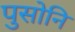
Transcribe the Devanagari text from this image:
पुसोनि